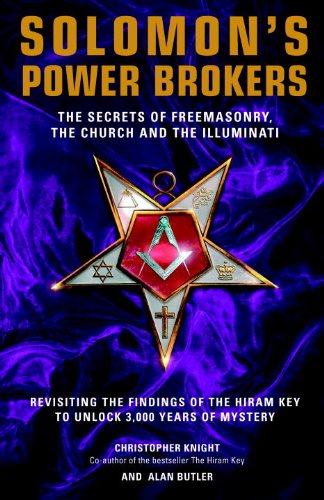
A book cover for Solomon's Power Brokers: The Secrets of Freemasonry, the Church, and the Illuminati; Christopher Knight; Religion & Spirituality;